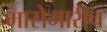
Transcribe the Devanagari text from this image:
मासेमारीच